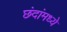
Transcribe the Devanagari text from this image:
छंदांमध्ये